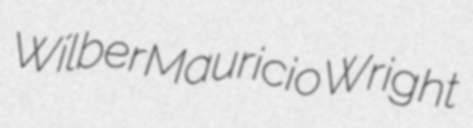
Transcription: Wílber Mauricio Wright